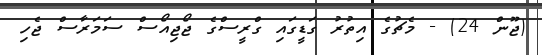
(ޖޫން 24) - މެޗުގެ އިތުރު ގަޑީގައި ގްރީސްގެ ޖޯޖިއޯސް ސަމަރާސް ޖެހި